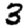
Digit: 3